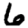
Digit: 6